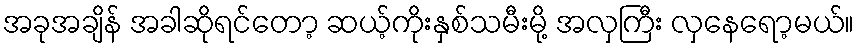
အခုအချိန် အခါဆိုရင်တော့ ဆယ့်ကိုးနှစ်သမီးမို့ အလှကြီး လှနေရော့မယ်။